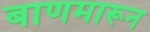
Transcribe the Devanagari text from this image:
बाणमारून